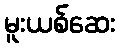
မူးယစ်ဆေး